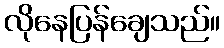
လိုနေပြန်ချေသည်။